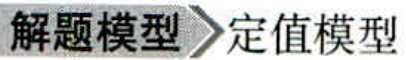
解题模型 定值模型